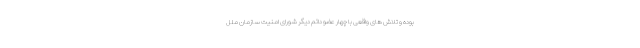
بوده و تلاش های واقعی با چهار عضو دائم دیگر شورای امنیت سازمان ملل